Civil Veterinary Department. United Provinces 1932-42 - 1932-1942
Year: 1932
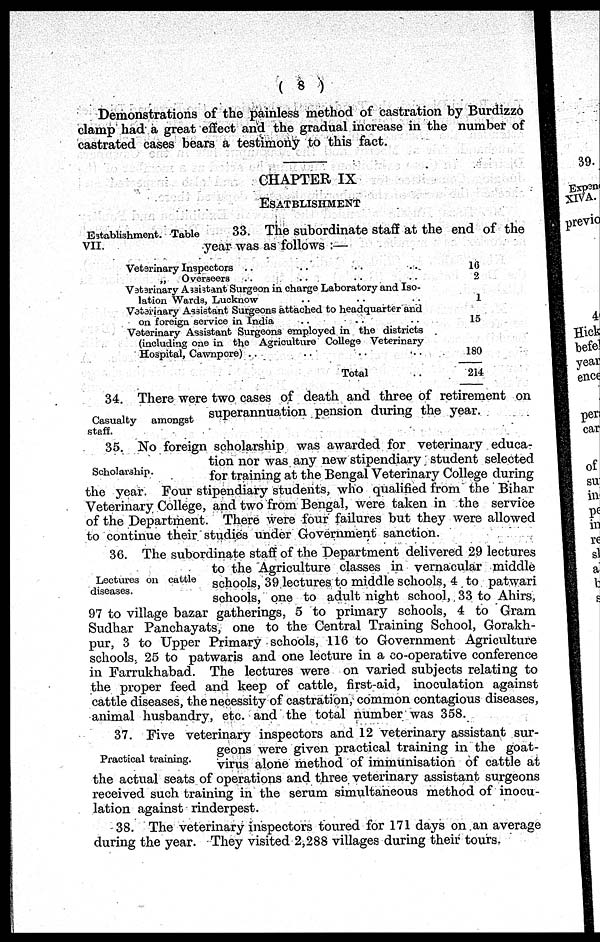
( 8 )
Demonstrations of the painless method of castration by Burdizzo
clamp had a great effect and the gradual increase in the number of
castrated cases bears a testimony to this fact.
CHAPTER IX
ESATBLISHMENT
Establishment. Table
VII.
33. The subordinate staff at the end of the
year was as follows :—
Veterinary Inspectors .. ..
„
Overseers .. ..
Veterinary Assistant Surgeon in charge Laboratory and Iso-
lation Wards, Lucknow ..
Veterinary Assistant Surgeons attached to headquarter and
on foreign service in India
Veterinary Assistant Surgeons employed in the districts
(including one in the Agriculture College Veterinary
Hospital, Cawnpore) .. .. .. ..
Total
16
2
1
15
180
214
Casualty
amongst
staff.
34. There were two cases of death and three of retirement on
superannuation pension during the year.
Scholarship.
35. No foreign scholarship was awarded for veterinary educa-
tion nor was any new stipendiary student selected
for training at the Bengal Veterinary College during
the year. Four stipendiary students, who qualified from the Bihar
Veterinary College, and two from Bengal, were taken in the service
of the Department. There were four failures but they were allowed
to continue their studies under Government sanction.
Lectures on cattle
diseases.
36. The subordinate staff of the Department delivered 29 lectures
to the Agriculture classes in vernacular middle
schools, 39 lectures to middle schools, 4 to patwari
schools, one to adult night school, 33 to Ahirs,
97 to village bazar gatherings, 5 to primary schools, 4 to Gram
Sudhar Panchayats, one to the Central Training School, Gorakh-
pur, 3 to Upper Primary schools, 11C to Government Agriculture
schools, 25 to patwaris and one lecture in a co-operative conference
in Farrukhabad. The lectures were on varied subjects relating to
the proper feed and keep of cattle, first-aid, inoculation against
cattle diseases, the necessity of castration, common contagious diseases,
animal husbandry, etc. and the total number was 358.
Practical training.
37. Five veterinary inspectors and 12 veterinary assistant sur-
geons were given practical training in the goat-
virus alone method of immunisation of cattle at
the actual seats of operations and three veterinary assistant surgeons
received such training in the serum simultaneous method of inocu-
lation against rinderpest.
38. The veterinary inspectors toured for 171 days on an average
during the year. They visited 2,288 villages during their tours.